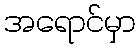
အရောင်မှာ